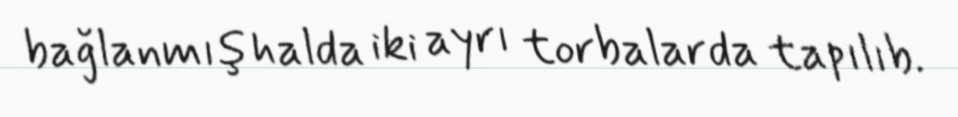
bağlanmış halda iki ayrı torbalarda tapılıb.